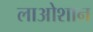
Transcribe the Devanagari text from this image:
लाओशान